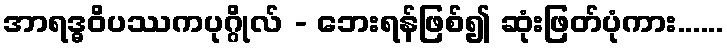
အာရဒ္ဓဝိပဿကပုဂ္ဂိုလ် - ဘေးရန်ဖြစ်၍ ဆုံးဖြတ်ပုံကား......